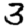
Digit: 3